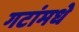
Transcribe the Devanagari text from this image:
गटांमधे